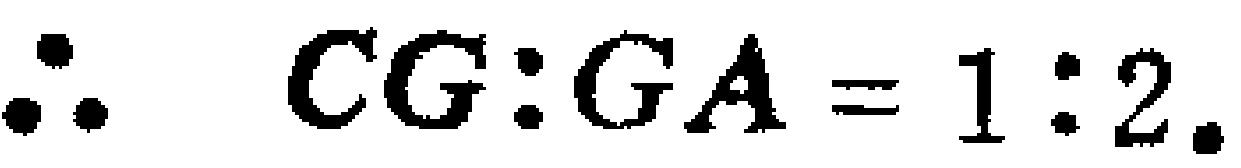
\(\therefore CG:GA = 1:2.\)